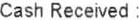
CASH RECEIVED: